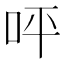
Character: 呯